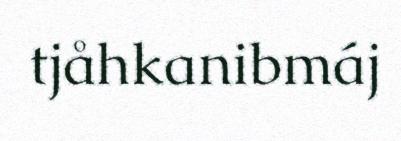
tjåhkanibmáj